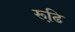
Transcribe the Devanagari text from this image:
रूढि़